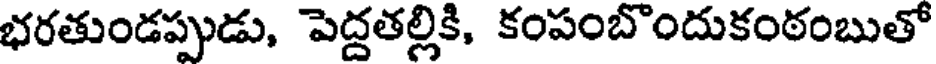
భరతుండప్పుడు, పెద్దతల్లికి, కంపంబొందుకంఠంబుతో